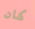
كان